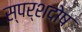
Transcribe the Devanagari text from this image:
स्पर्शदोष